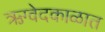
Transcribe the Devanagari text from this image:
ऋग्वेदकाळात